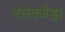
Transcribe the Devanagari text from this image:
एलेक्जैंड्रा